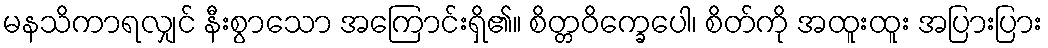
မနသိကာရလျှင် နီးစွာသော အကြောင်းရှိ၏။ စိတ္တဝိက္ခေပေါ၊ စိတ်ကို အထူးထူး အပြားပြား